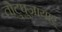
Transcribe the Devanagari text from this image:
तोटुपुज़ायार्